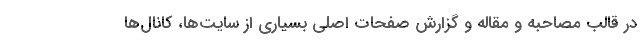
در قالب مصاحبه و مقاله و گزارش صفحات اصلی بسیاری از سایت‌ها، کانال‌ها